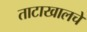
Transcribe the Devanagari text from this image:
ताटाखालचे